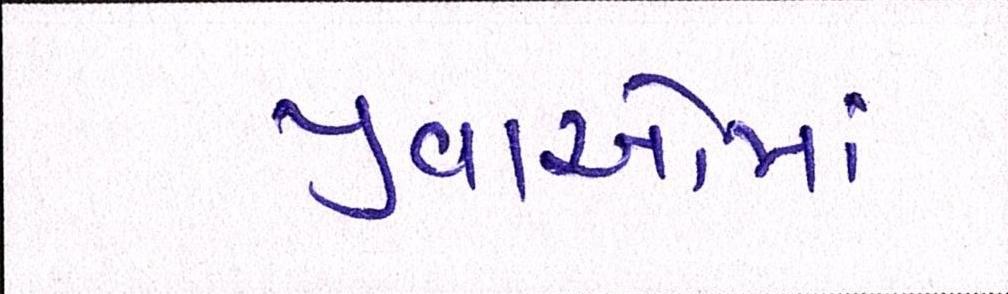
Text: યુવાઓમાં